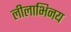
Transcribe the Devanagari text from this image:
लीलाभिनय